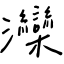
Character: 灤